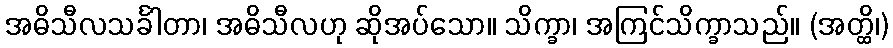
အဓိသီလသင်္ခါတာ၊ အဓိသီလဟု ဆိုအပ်သော။ သိက္ခာ၊ အကြင်သိက္ခာသည်။ (အတ္ထိ၊)